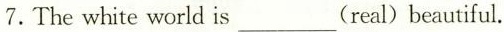
7.The white world is___(real)beautiful.